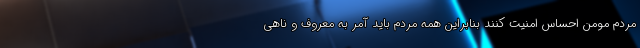
مردم مومن احساس امنیت کنند بنابراین همه مردم باید آمر به معروف و ناهی